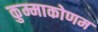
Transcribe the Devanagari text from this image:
कुम्माकोणम